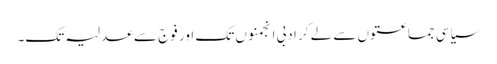
سیاسی جماعتوں سے لے کر ادبی انجمنوں تک اور فوج سے عدلیہ تک۔